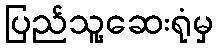
ပြည်သူ့ဆေးရုံမှ